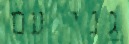
גני עם